Report on vaccination in Madras 1904-1921 - 1904-1921
Year: 1904
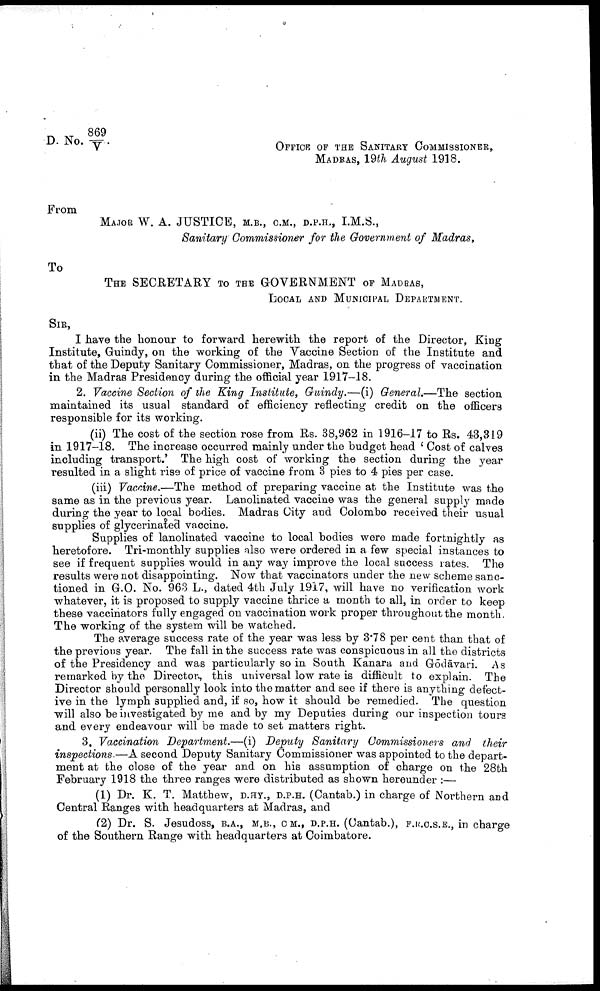
D. No. 849/V.
OFFICE OF THE SANITARY COMMISSIONER,
MADRAS, 19th August 1918.
From
MAJOR W. A. JUSTICE, M.B., C.M., D.P.H., I.M.S.,
Sanitary Commissioner for the Government of Madras,
To
THE SECRETARY TO THE GOVERNMENT OF MADRAS,
LOCAL AND MUNICIPAL DEPARTMENT.
SIR,
I have the honour to forward herewith the report of the Director, King
Institute, Guindy, on the working of the Vaccine Section of the Institute and
that of the Deputy Sanitary Commissioner, Madras, on the progress of vaccination
in the Madras Presidency during the official year 1917-18.
2. Vaccine Section of the King Institute, Guindy.—(i) General.—The section
maintained its usual standard of efficiency reflecting credit on the officers
responsible for its working.
(ii) The cost of the section rose from Rs. 38,962 in 1916-17 to Rs. 43,319
in 1917-18. The increase occurred mainly under the budget head ' Cost of calves
including transport.' The high cost of working the section during the year
resulted in a slight rise of price of vaccine from 3 pies to 4 pies per case.
(iii) Vaccine.—The method of preparing vaccine at the Institute was the
same as in the previous year. Lanolinated vaccine was the general supply made
during the year to local bodies. Madras City and Colombo received their usual
supplies of glycerinated vaccine.
Supplies of lanolinated vaccine to local bodies were made fortnightly as
heretofore. Tri-monthly supplies also were ordered in a few special instances to
see if frequent supplies would in any way improve the local success rates. The
results were not disappointing. Now that vaccinators under the new scheme sanc
tioned in G.O. No. 963 L., dated 4th July 1917, will have no verification work
whatever, it is proposed to supply vaccine thrice a month to all, in order to keep
these vaccinators fully engaged on vaccination work proper throughout the month.
The working of the system will be watched.
The average success rate of the year was less by 3.78 per cent than that of
the previous year. The fall in the success rate was conspicuous in all the districts
of the Presidency and was particularly so in South Kanara and Gōdāvari. As
remarked by the Director, this universal low rate is difficult to explain. The
Director should personally look into the matter and see if there is anything defect
ive in the lymph supplied and, if so, how it should be remedied. The question
will also be investigated by me and by my Deputies during our inspection tours
and every endeavour will be made to set matters right.
3. Vaccination Department.—(i) Deputy Sanitary Commissioners and their
inspections.—A second Deputy Sanitary Commissioner was appointed to the depart
ment at the close of the year and on his assumption of charge on the 28th
February 1918 the three ranges were distributed as shown hereunder :—
(1) Dr. K. T. Matthew, D.HY., D.P.H. (Cantab.) in charge of Northern and
Central Ranges with headquarters at Madras, and
(2) Dr. S. Jesudoss, B.A., M.B., C.M., D.P.H. (Cantab.), F.R.C.S.E., in charge
of the Southern Range with headquarters at Coimbatore.